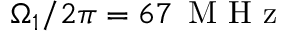
\Omega _ { 1 } / 2 \pi = 6 7 \, \mathrm { ~ M ~ H ~ z ~ }